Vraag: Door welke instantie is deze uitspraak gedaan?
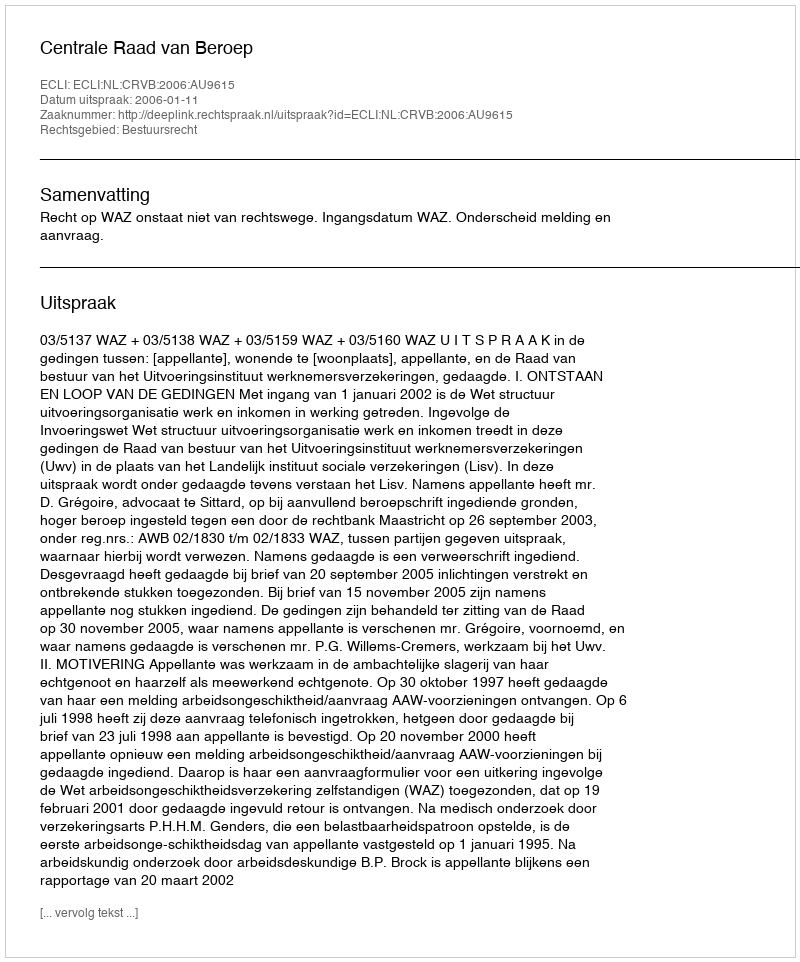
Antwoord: Centrale Raad van Beroep